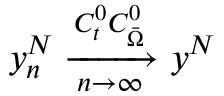
y _ { n } ^ { N } \xrightarrow [ n \rightarrow \infty ] { C _ { t } ^ { 0 } C _ { \Bar { \Omega } } ^ { 0 } } y ^ { N }